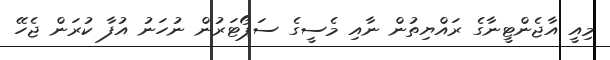
މިއީ އާޖެންޓީނާގެ ރައްޔިތުން ނާއި މެސީގެ ސަޕޯޓަރުން ނުހަނު އުފާ ކުރަން ޖެހޭ